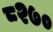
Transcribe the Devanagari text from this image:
८२७०